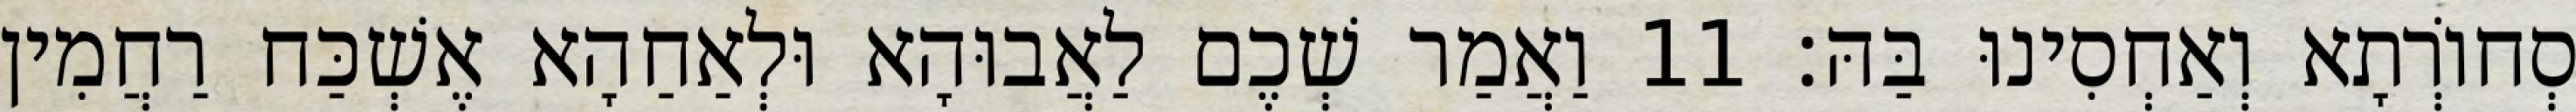
סְחוֹרְתָא וְאַחְסִינוּ בַּהּ׃ 11 וַאֲמַר שְׁכֶם לַאֲבוּהָא וּלְאַחַהָא אֶשְׁכַּח רַחֲמִין